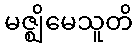
မဇ္ဈိမေသူတိ